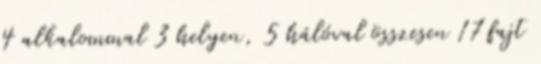
4 alkalommal 3 helyen, 5 hálóval összesen 17 fajt